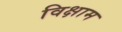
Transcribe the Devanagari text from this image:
विक्षाम